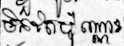
មិនតែប៉ុណ្ណោះ